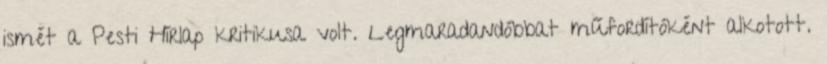
ismét a Pesti Hírlap kritikusa volt. Legmaradandóbbat műfordítóként alkotott.